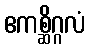
ဧကစ္ဆိဂ္ဂလံ